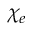
\chi _ { e }